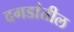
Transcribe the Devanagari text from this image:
दगडांतील